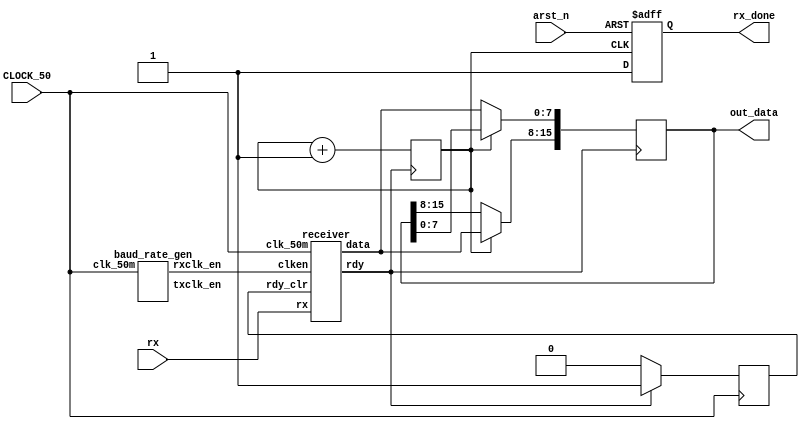

module uart(CLOCK_50, rx, out_data, rx_done, arst_n);

///////////////////////////////////////////////////////////////////////////////
input CLOCK_50;
input rx;
input arst_n;

output reg [15:0] out_data;
output reg rx_done = 0; 
///////////////////////////////////////////////////////////////////////////////

///////////////////////////////////////////////////////////////////////////////
wire rx_clk;
wire tx_clk;
wire done;
wire [7:0] data_buf;
//reg [15:0] data;
reg cnt = 0;
reg rst;

//assign out_data = data;
///////////////////////////////////////////////////////////////////////////////

///////////////////////////////////////////////////////////////////////////////
baud_rate_gen gen_0(CLOCK_50, rx_clk, tx_clk);

receiver receiver_0(rx, done, rst, CLOCK_50, rx_clk, data_buf);
///////////////////////////////////////////////////////////////////////////////

///////////////////////////////////////////////////////////////////////////////
always @ (posedge done)
begin
	
	if(cnt) out_data[15:8] = data_buf;
	else out_data[7:0] = data_buf;
	
	cnt = cnt + 1;

end

///////////////////////////////////////////////////////////////////////////////

always @ (negedge cnt or negedge arst_n)
begin

	if(!arst_n) rx_done = 0;
	else rx_done = 1;
	
end

///////////////////////////////////////////////////////////////////////////////

always @ (posedge CLOCK_50)
begin

	if(done) rst = 1;
	else		rst = 0;

end


endmodule

///////////////////////////////////////////////////////////////////////////////////////////////////
/*
 * UART receiver and baud generator were taken on GitHub wit next link:
 * https://github.com/jamieiles/uart
 *
 * I have changed speed of receiving.
 */
///////////////////////////////////////////////////////////////////////////////////////////////////

module receiver(input wire rx,
		output reg rdy,
		input wire rdy_clr,
		input wire clk_50m,
		input wire clken,
		output reg [7:0] data);

initial begin
	rdy = 0;
	data = 8'b0;
end

parameter RX_STATE_START	= 2'b00;
parameter RX_STATE_DATA		= 2'b01;
parameter RX_STATE_STOP		= 2'b10;

reg [1:0] state = RX_STATE_START;
reg [3:0] sample = 0;
reg [3:0] bitpos = 0;
reg [7:0] scratch = 8'b0;

always @(posedge clk_50m) begin
	if (rdy_clr)
		rdy <= 0;

	if (clken) begin
		case (state)
		RX_STATE_START: begin
			/*
			* Start counting from the first low sample, once we've
			* sampled a full bit, start collecting data bits.
			*/
			if (!rx || sample != 0)
				sample <= sample + 4'b1;

			if (sample == 15) begin
				state <= RX_STATE_DATA;
				bitpos <= 0;
				sample <= 0;
				scratch <= 0;
			end
		end
		RX_STATE_DATA: begin
			sample <= sample + 4'b1;
			if (sample == 4'h8) begin
				scratch[bitpos[2:0]] <= rx;
				bitpos <= bitpos + 4'b1;
			end
			if (bitpos == 8 && sample == 15)
				state <= RX_STATE_STOP;
		end
		RX_STATE_STOP: begin
			/*
			 * Our baud clock may not be running at exactly the
			 * same rate as the transmitter.  If we thing that
			 * we're at least half way into the stop bit, allow
			 * transition into handling the next start bit.
			 */
			if (sample == 15 || (sample >= 8 && !rx)) begin
				state <= RX_STATE_START;
				data <= scratch;
				rdy <= 1'b1;
				sample <= 0;
			end else begin
				sample <= sample + 4'b1;
			end
		end
		default: begin
			state <= RX_STATE_START;
		end
		endcase
	end
end

endmodule

///////////////////////////////////////////////////////////////////////////////////////////////////
///////////////////////////////////////////////////////////////////////////////////////////////////
///////////////////////////////////////////////////////////////////////////////////////////////////

module baud_rate_gen(input wire clk_50m,
		     output wire rxclk_en,
		     output wire txclk_en);

parameter RX_ACC_MAX = 50000000 / (115200 * 16);
parameter TX_ACC_MAX = 50000000 / 115200;
parameter RX_ACC_WIDTH = $clog2(RX_ACC_MAX);
parameter TX_ACC_WIDTH = $clog2(TX_ACC_MAX);
reg [RX_ACC_WIDTH - 1:0] rx_acc = 0;
reg [TX_ACC_WIDTH - 1:0] tx_acc = 0;

assign rxclk_en = (rx_acc == 5'd0);
assign txclk_en = (tx_acc == 9'd0);

always @(posedge clk_50m) begin
	if (rx_acc == RX_ACC_MAX[RX_ACC_WIDTH - 1:0])
		rx_acc <= 0;
	else
		rx_acc <= rx_acc + 5'b1;
end

always @(posedge clk_50m) begin
	if (tx_acc == TX_ACC_MAX[TX_ACC_WIDTH - 1:0])
		tx_acc <= 0;
	else
		tx_acc <= tx_acc + 9'b1;
end

endmodule